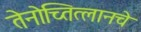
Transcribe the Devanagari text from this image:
तेनोच्तित्लानचे